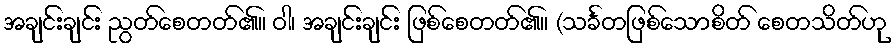
အချင်းချင်း ညွတ်စေတတ်၏။ ဝါ၊ အချင်းချင်း ဖြစ်စေတတ်၏။ (သင်္ခတဖြစ်သောစိတ် စေတသိတ်ဟု